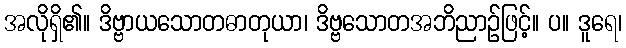
အလိုရှိ၏။ ဒိဗ္ဗာယသောတဓာတုယာ၊ ဒိဗ္ဗသောတအဘိညာဉ်ဖြင့်။ ပ။ ဒူရေ၊